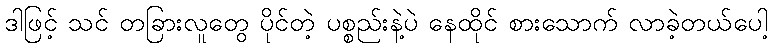
ဒါဖြင့် သင် တခြားလူတွေ ပိုင်တဲ့ ပစ္စည်းနဲ့ပဲ နေထိုင် စားသောက် လာခဲ့တယ်ပေါ့